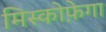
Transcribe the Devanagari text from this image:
मिस्कोफ़ेगा